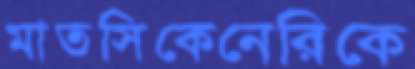
মাতসিকেনেরিকে